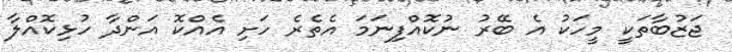
ޖަޒުބާތަކީ މީހަކު އެ ބޭރު ނުކޮއްފިނަމަ އެތެރެ ހަށި އެއްކޮ އަންދާ ހުޅިކޮއްލާ